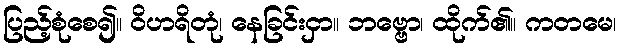
ပြည့်စုံစေ၍။ ဝိဟရိတုံ၊ နေခြင်းငှာ။ ဘဗ္ဗော၊ ထိုက်၏။ ကတမေ၊